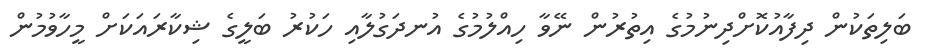
ބަލިތަކުން ދިފާއުކޮށްދިނުމުގެ އިތުރުން ނޭވާ ހިއްލުމުގެ އުނދަގުލާއި ހަކުރު ބަލީގެ ޝިކާރައަކަށް މީހާވުމުން